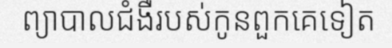
ព្យាបាលជំងឺរបស់កូនពួកគេទៀត